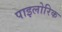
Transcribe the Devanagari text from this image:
पाइलोरिक